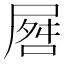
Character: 𪨘